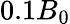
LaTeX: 0.1B_{0}